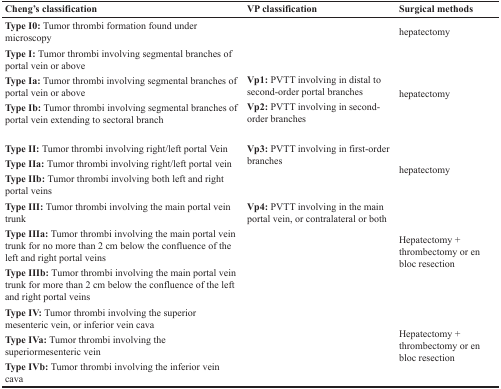
<table><thead><tr><td><b>Cheng&#x27;s classification</b></td><td><b>VP classification</b></td><td><b>Surgical methods</b></td></tr></thead><tbody><tr><td><b>Type I0:</b> Tumor thrombi formation found under microscopy</td><td></td><td>hepatectomy</td></tr><tr><td><b>Type I:</b> Tumor thrombi involving segmental branches of portal vein or above<b>Type Ia:</b> Tumor thrombi involving segmental branches of portal vein or above<b>Type Ib:</b> Tumor thrombi involving segmental branches of portal vein extending to sectoral branch</td><td><b>Vp1:</b> PVTT involving in distal to second-order portal branches<b>Vp2:</b> PVTT involving in second-order branches</td><td>hepatectomy</td></tr><tr><td><b>Type II:</b> Tumor thrombi involving right/left portal Vein<b>Type IIa:</b> Tumor thrombi involving right/left portal vein<b>Type IIb:</b> Tumor thrombi involving both left and right portal veins</td><td><b>Vp3:</b> PVTT involving in first-order branches</td><td>hepatectomy</td></tr><tr><td><b>Type III:</b> Tumor thrombi involving the main portal vein trunk<b>Type IIIa:</b> Tumor thrombi involving the main portal vein trunk for no more than 2 cm below the confluence of the left and right portal veins<b>Type IIIb:</b> Tumor thrombi involving the main portal vein trunk for more than 2 cm below the confluence of the left and right portal veins</td><td><b>Vp4:</b> PVTT involving in the main portal vein, or contralateral or both</td><td>Hepatectomy + thrombectomy or en bloc resection</td></tr><tr><td><b>Type IV:</b> Tumor thrombi involving the superior mesenteric vein, or inferior vein cava<b>Type IVa:</b> Tumor thrombi involving the superiormesenteric vein<b>Type IVb:</b> Tumor thrombi involving the inferior vein cava</td><td></td><td>Hepatectomy + thrombectomy or en bloc resection</td></tr></tbody></table>